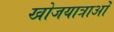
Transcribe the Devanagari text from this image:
खोजयात्राओं